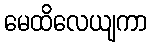
မေထိလေယျကာ